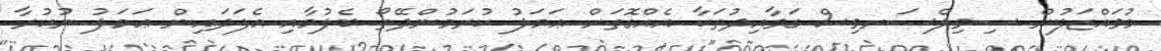
މުވައްޒަފުން ސިވިލްސަރވިސް ގަވާއިދުތަކާ އެއްގޮތަށް ޢަމަލު ކުރަމުންދޭތޯ ބެލުމާއި އެފަދައިން ޢަމަލު ނުކުރާ